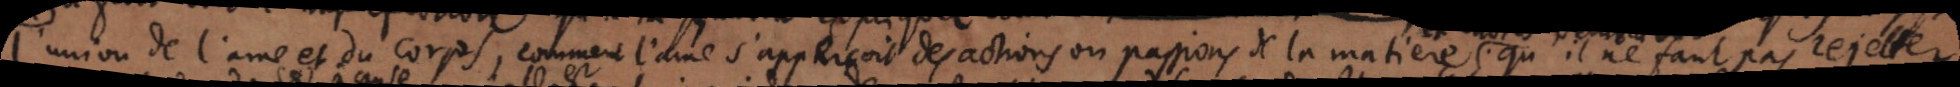
l’union de l’ame et du corps, comment l’ame s’appercoit des actions ou passions de la matiere; il ne faut pas rejetter